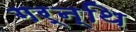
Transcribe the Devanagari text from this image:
गर्न्थि